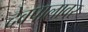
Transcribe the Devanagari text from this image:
देवपालावर